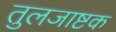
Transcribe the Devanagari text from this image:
तुलजाष्टक